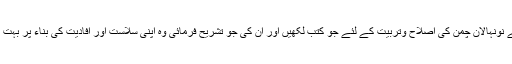
بہرحال آپ نے نونہالان چمن کی اصلاح وتربیت کے لئے جو کتب لکھیں اور ان کی جو تشریح فرمائی وہ اپنی سلاست اور افادیت کی بناء پر بہت پسند کی گئیں۔